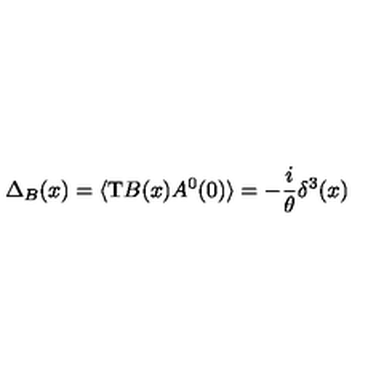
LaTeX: \Delta _ { B } ( x ) = \langle \mathrm { T } B ( x ) A ^ { 0 } ( 0 ) \rangle = - \frac { i } { \theta } \delta ^ { 3 } ( x )